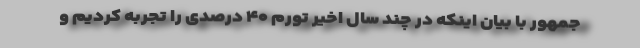
جمهور با بیان اینکه در چند سال اخیر تورم ۴۰ درصدی را تجربه کردیم و